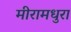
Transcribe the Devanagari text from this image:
मीरामधुरा